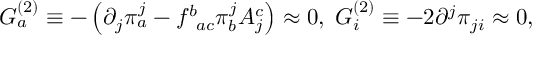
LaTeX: G _ { a } ^ { ( 2 ) } \equiv - \left( \partial _ { j } \pi _ { a } ^ { j } - f _ { \; \; a c } ^ { b } \pi _ { b } ^ { j } A _ { j } ^ { c } \right) \approx 0 , \; G _ { i } ^ { ( 2 ) } \equiv - 2 \partial ^ { j } \pi _ { j i } \approx 0 ,